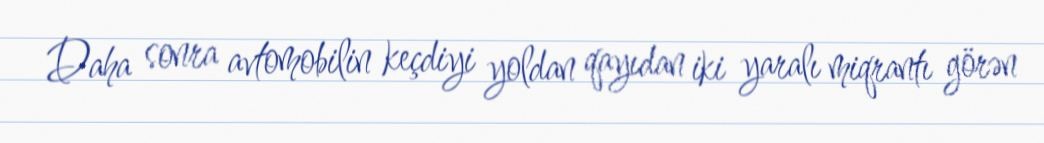
Daha sonra avtomobilin keçdiyi yoldan qayıdan iki yaralı miqrantı görən